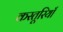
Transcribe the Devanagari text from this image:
कस्तूरियाँ